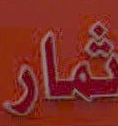
ثمار